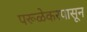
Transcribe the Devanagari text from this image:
परूळेकरपासून